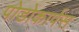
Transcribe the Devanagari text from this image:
पोडोकार्पस